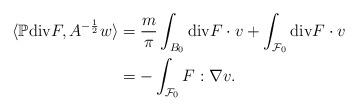
LaTeX: \begin{align*}\langle \mathbb P {\rm div} F, A^{-\frac 12} w \rangle & = \dfrac{m}{\pi} \int_{B_0} {\rm div} F \cdot v + \int_{\mathcal F_0} {\rm div} F \cdot v \\& = - \int_{\mathcal F_0} F : \nabla v.\end{align*}